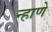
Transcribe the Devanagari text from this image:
न्हाणे